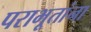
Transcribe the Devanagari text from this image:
पराभूतांना